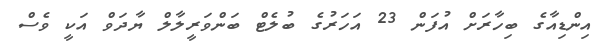
އިންޑިއާގެ ބިހާރަށް އުފަން 23 އަހަރުގެ ބުލެޓް ބަންވަރީލާލް ޔާދަވް އަކީ ވެސް